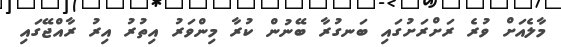
މާލެއަށް ވުރެ ރަށްރަށުގައި ބަނގުރާ ބޭނުން ކުރާ މިންވަރު އިތުރު އިރު ރާއްޖޭގައި